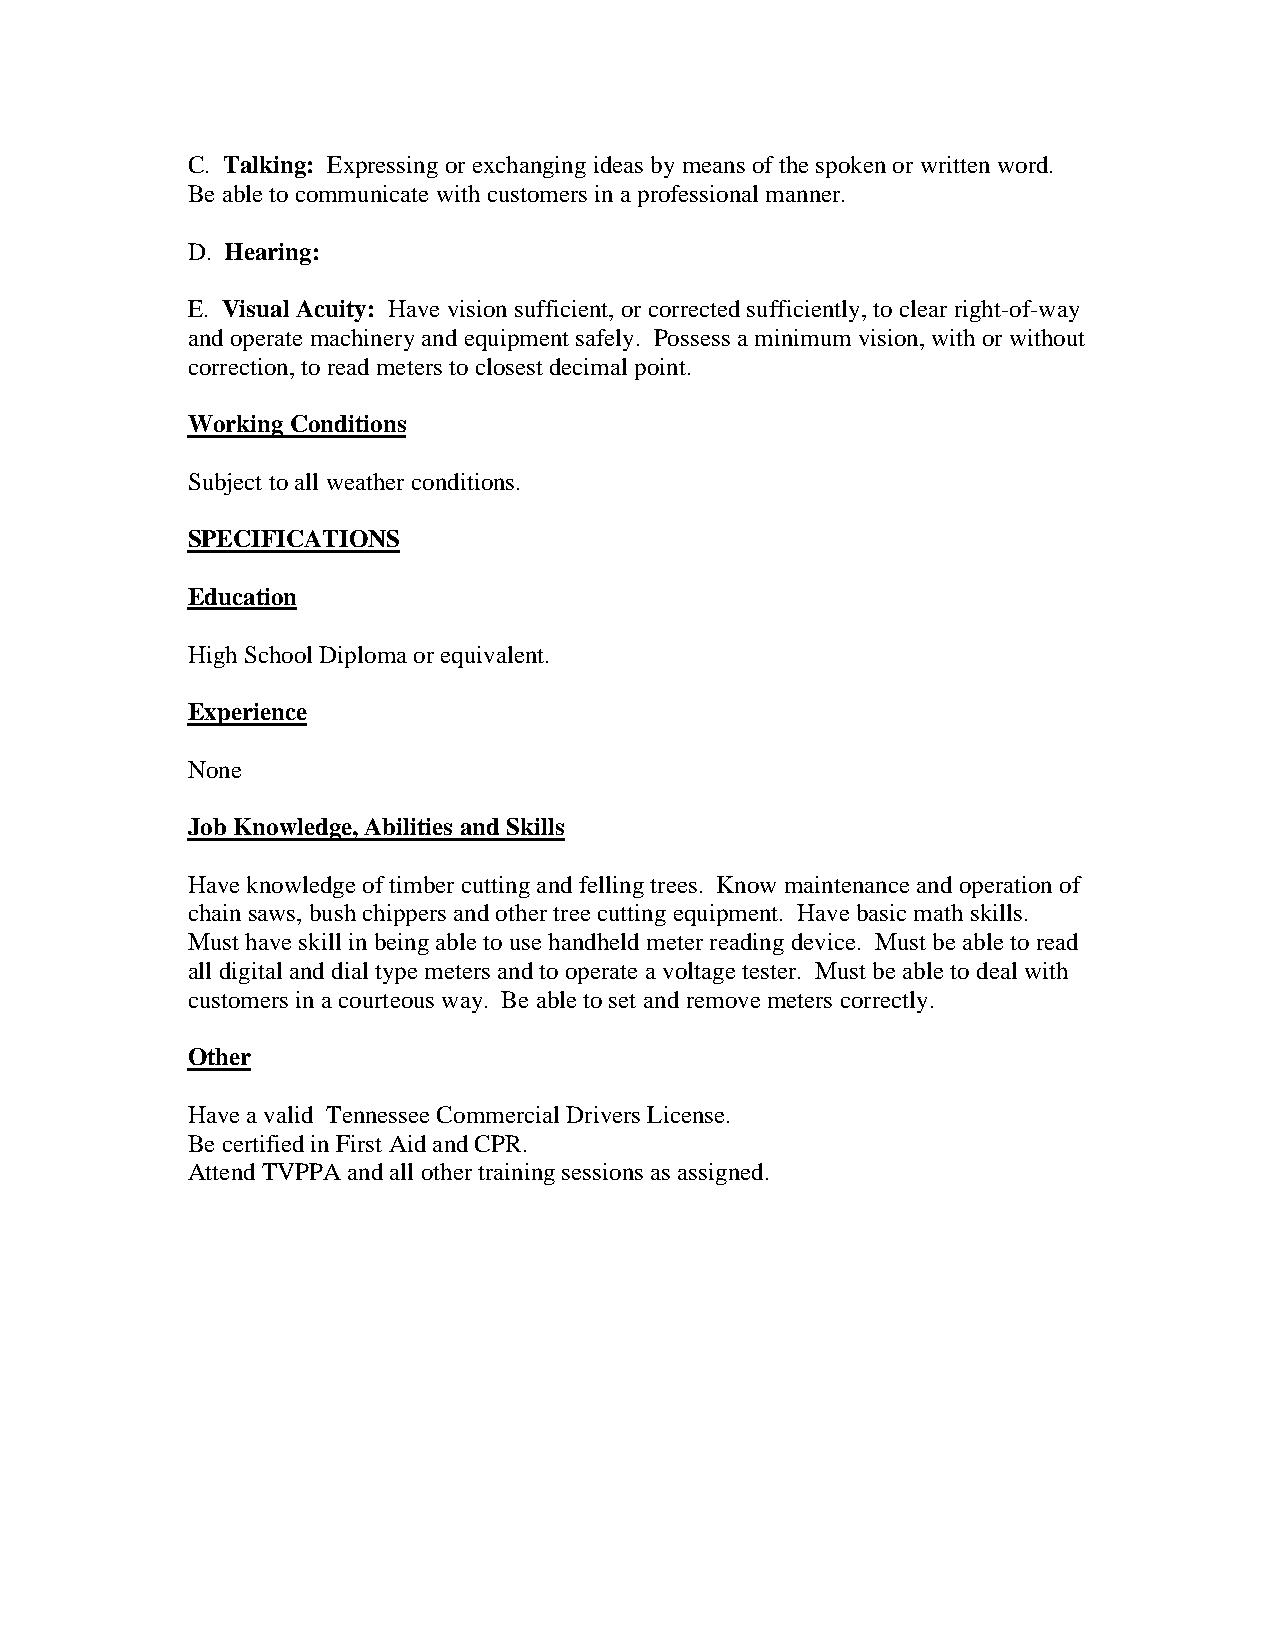
C. Talking: Expressing or exchanging ideas by means of the spoken or written word.
 Be able to communicate with customers in a professional manner.
 D. Hearing:
 E. Visual Acuity: Have vision sufficient, or corrected sufficiently, to clear right-of-way
 and operate machinery and equipment safely. Possess a minimum vision, with or without
 correction, to read meters to closest decimal point.
 Working Conditions
 Subject to all weather conditions.
 SPECIFICATIONS
 Education
 High School Diploma or equivalent.
 Experience
 None
 Job Knowledge, Abilities and Skills
 Have knowledge of timber cutting and felling trees. Know maintenance and operation of
 chain saws, bush chippers and other tree cutting equipment. Have basic math skills.
 Must have skill in being able to use handheld meter reading device. Must be able to read
 all digital and dial type meters and to operate a voltage tester. Must be able to deal with
 customers in a courteous way. Be able to set and remove meters correctly.
 Other
 Have a valid Tennessee Commercial Drivers License.
 Be certified in First Aid and CPR.
 Attend TVPPA and all other training sessions as assigned.